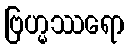
ဗြဟ္မဿရော